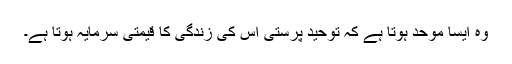
وہ ایسا موحد ہوتا ہے کہ توحید پرستی اس کی زندگی کا قیمتی سرمایہ ہوتا ہے۔